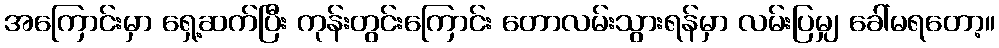
အကြောင်းမှာ ရှေ့ဆက်ပြီး ကုန်းတွင်းကြောင်း တောလမ်းသွားရန်မှာ လမ်းပြမျှ ခေါ်မရတော့။